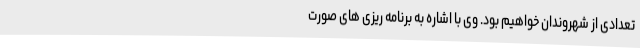
تعدادی از شهروندان خواهیم بود. وی با اشاره به برنامه ریزی های صورت